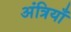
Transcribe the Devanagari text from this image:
अंत्रियाँ